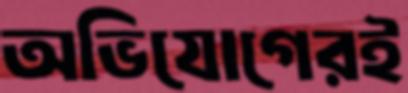
অভিযোগেরই